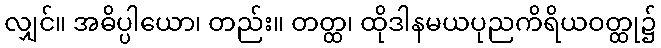
လျှင်။ အဓိပ္ပါယော၊ တည်း။ တတ္ထ၊ ထိုဒါနမယပုညကိရိယဝတ္ထု၌